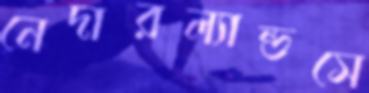
নেদারল্যান্ডসে